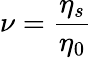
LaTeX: \nu=\frac{\eta_{s}}{\eta_{0}}